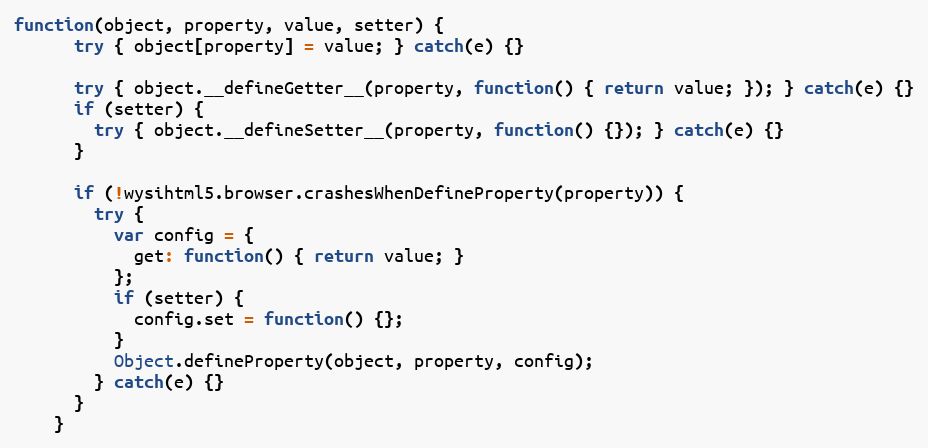
Language: JavaScript
function(object, property, value, setter) {
      try { object[property] = value; } catch(e) {}

      try { object.__defineGetter__(property, function() { return value; }); } catch(e) {}
      if (setter) {
        try { object.__defineSetter__(property, function() {}); } catch(e) {}
      }

      if (!wysihtml5.browser.crashesWhenDefineProperty(property)) {
        try {
          var config = {
            get: function() { return value; }
          };
          if (setter) {
            config.set = function() {};
          }
          Object.defineProperty(object, property, config);
        } catch(e) {}
      }
    }